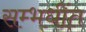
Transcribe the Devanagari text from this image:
सम्भधींत